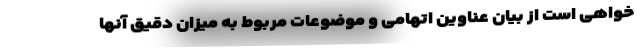
خواهی است از بیان عناوین اتهامی و موضوعات مربوط به میزان دقیق آنها